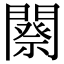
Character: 𨶋